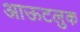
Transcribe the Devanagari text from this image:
आऊटलुक